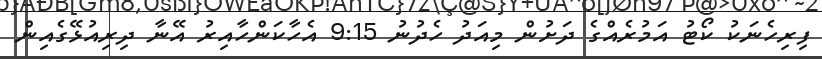
ފިރިހެނަކު ކޯޓު އަމުރެއްގެ ދަށުން މިއަދު ހެދުނު 9:15 އެހާކަންހާއިރު އޭނާ ދިރިއުޅޭގެއިން